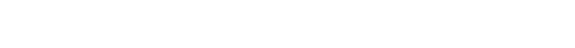
၃၂ ယေရှုက ရပ်လိုက်ပြီး ခင်ဗျားတို့ကို ဘာလုပ်ပေးစေချင်သလဲ လို့ ခေါ်မေးတဲ့အခါ၊ ၃၃